Document type: Anniversary endowment
Year: 1486
Scribe: Bartomeu Masons
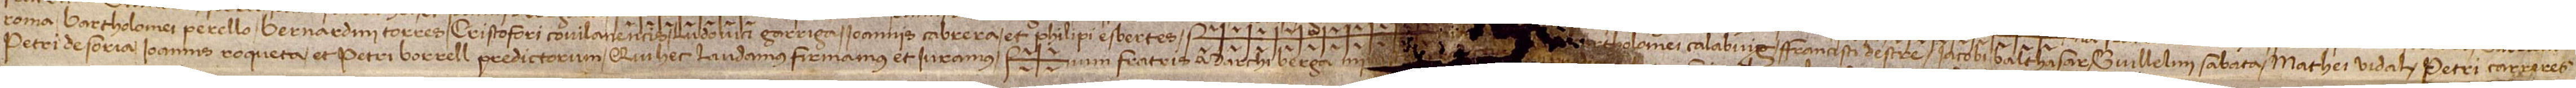
Roma, Bartholomei Perello,  Bernardini Torres, Cristofori Covilanencis, Ludovici Garriga, Ioannis Cabrera et Philipi Esbertes, Sig+++++++++[na fratrum Bar]tholomei Calabuig, Francisci Destre, Iacobi Balthasar, frater Guillelmi Sabata, Mathei Vidal, Petri Carreres,